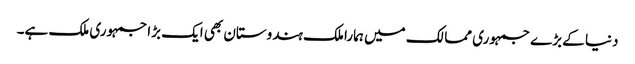
دنیا کے بڑے جمہوری ممالک میں ہمارا ملک ہندوستان بھی ایک بڑا جمہوری ملک ہے۔